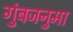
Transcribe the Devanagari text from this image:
गुंबजनुमा